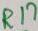
Text: R17